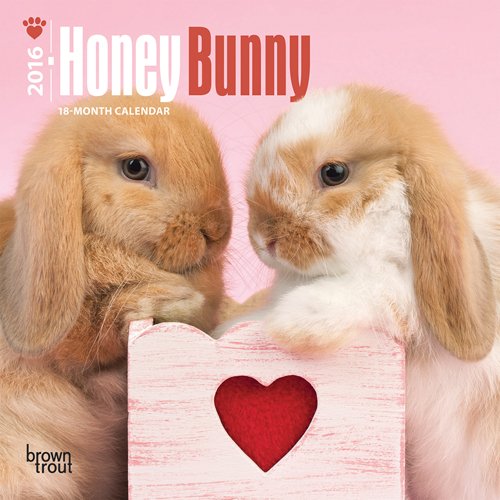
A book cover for Honey Bunny 2016 Mini 7x7; Browntrout Publishers; Crafts, Hobbies & Home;